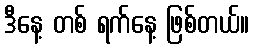
ဒီနေ့ တစ် ရက်နေ့ ဖြစ်တယ်။